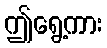
ဤရွေ့ကား